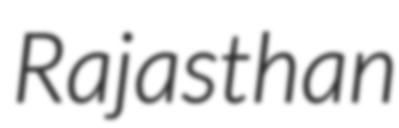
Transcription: Rajasthan